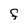
Character: f